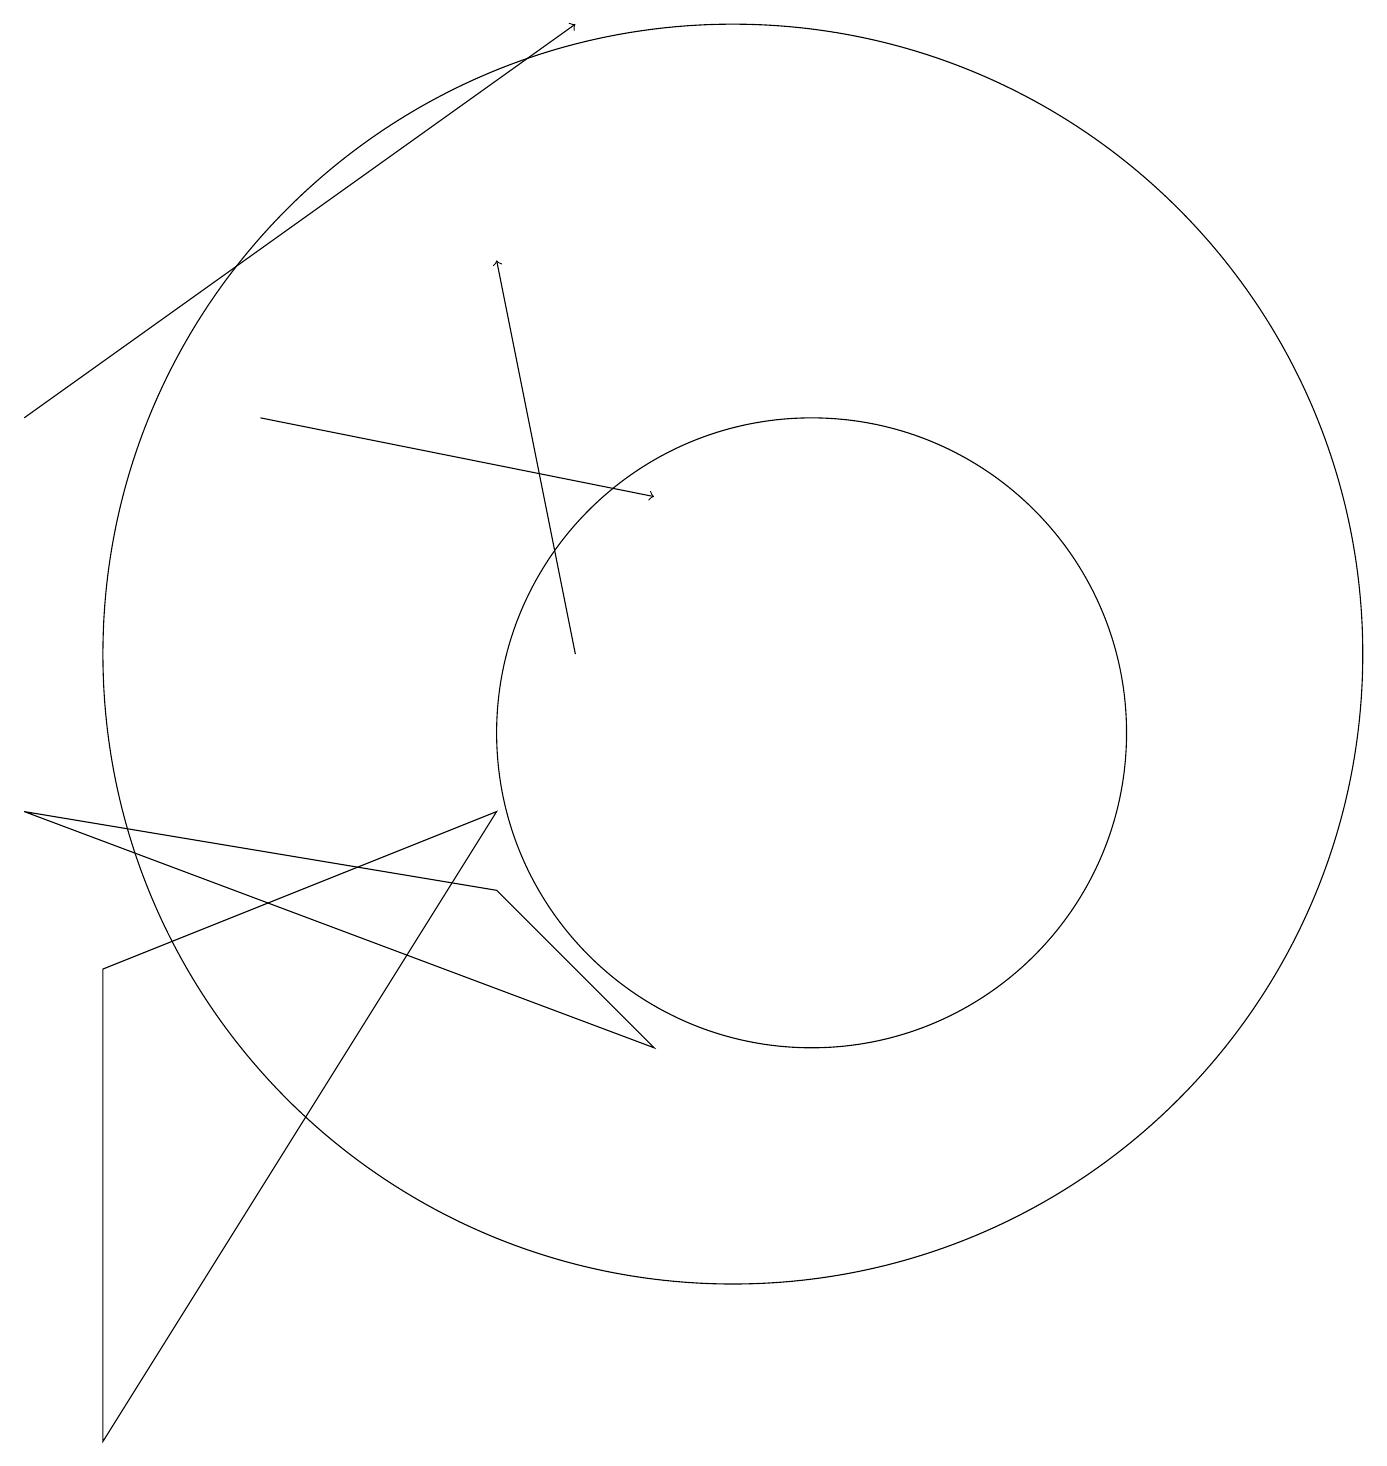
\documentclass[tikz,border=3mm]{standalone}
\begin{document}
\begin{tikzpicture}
\draw[->] (8,11) -- (7,16);
\draw[->] (4,14) -- (9,13);
\draw (11,10) circle (4);
\draw (2,7) -- (2,1) -- (7,9) -- cycle;
\draw (10,11) circle (8);
\draw[->] (1,14) -- (8,19);
\draw (9,6) -- (1,9) -- (7,8) -- cycle;
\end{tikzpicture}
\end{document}